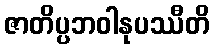
ဇာတိပ္ပဘဝါနုပဿီတိ